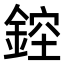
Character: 𨨁